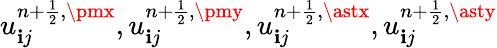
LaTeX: u_{\mathbf{i}j}^{{n+\frac{{1}}{{2}}},\pmx},u_{\mathbf{i}j}^{{n+\frac{{1}}{{2}}},\pmy},u_{\mathbf{i}j}^{{n+\frac{{1}}{{2}}},\astx},u_{\mathbf{i}j}^{{n+\frac{{1}}{{2}}},\asty}